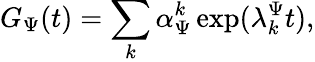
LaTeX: G_{\Psi}(t)=\sum_{k}\alpha_{\Psi}^{k}\exp(\lambda_{k}^{\Psi}t),